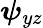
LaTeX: \boldsymbol{\psi}_{yz}